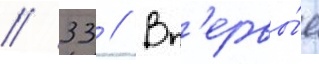
// 33 // Вп'ервы́е